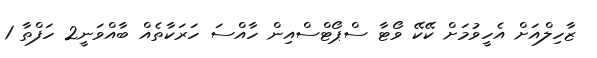
ޒާހިލްއަށް އެހީވުމަށް ކޭކޭ ވޯޓާ ސްޕޯޓްސްއިން ހާއްސަ ހަރަކާތެއް ބާއްވަނީ2 ހަފްތާ 1